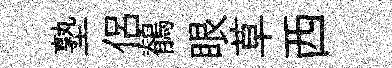
塾侶鶺眼草西